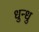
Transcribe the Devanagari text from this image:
धुन्धु